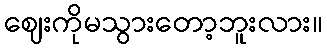
ဈေးကိုမသွားတော့ဘူးလား။